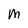
Character: M